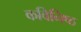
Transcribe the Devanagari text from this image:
कविनिष्ठ